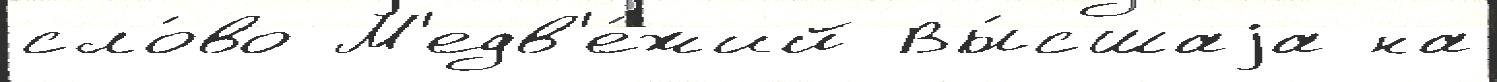
сло́во М'едв'е́жий Вы́сшаjа на